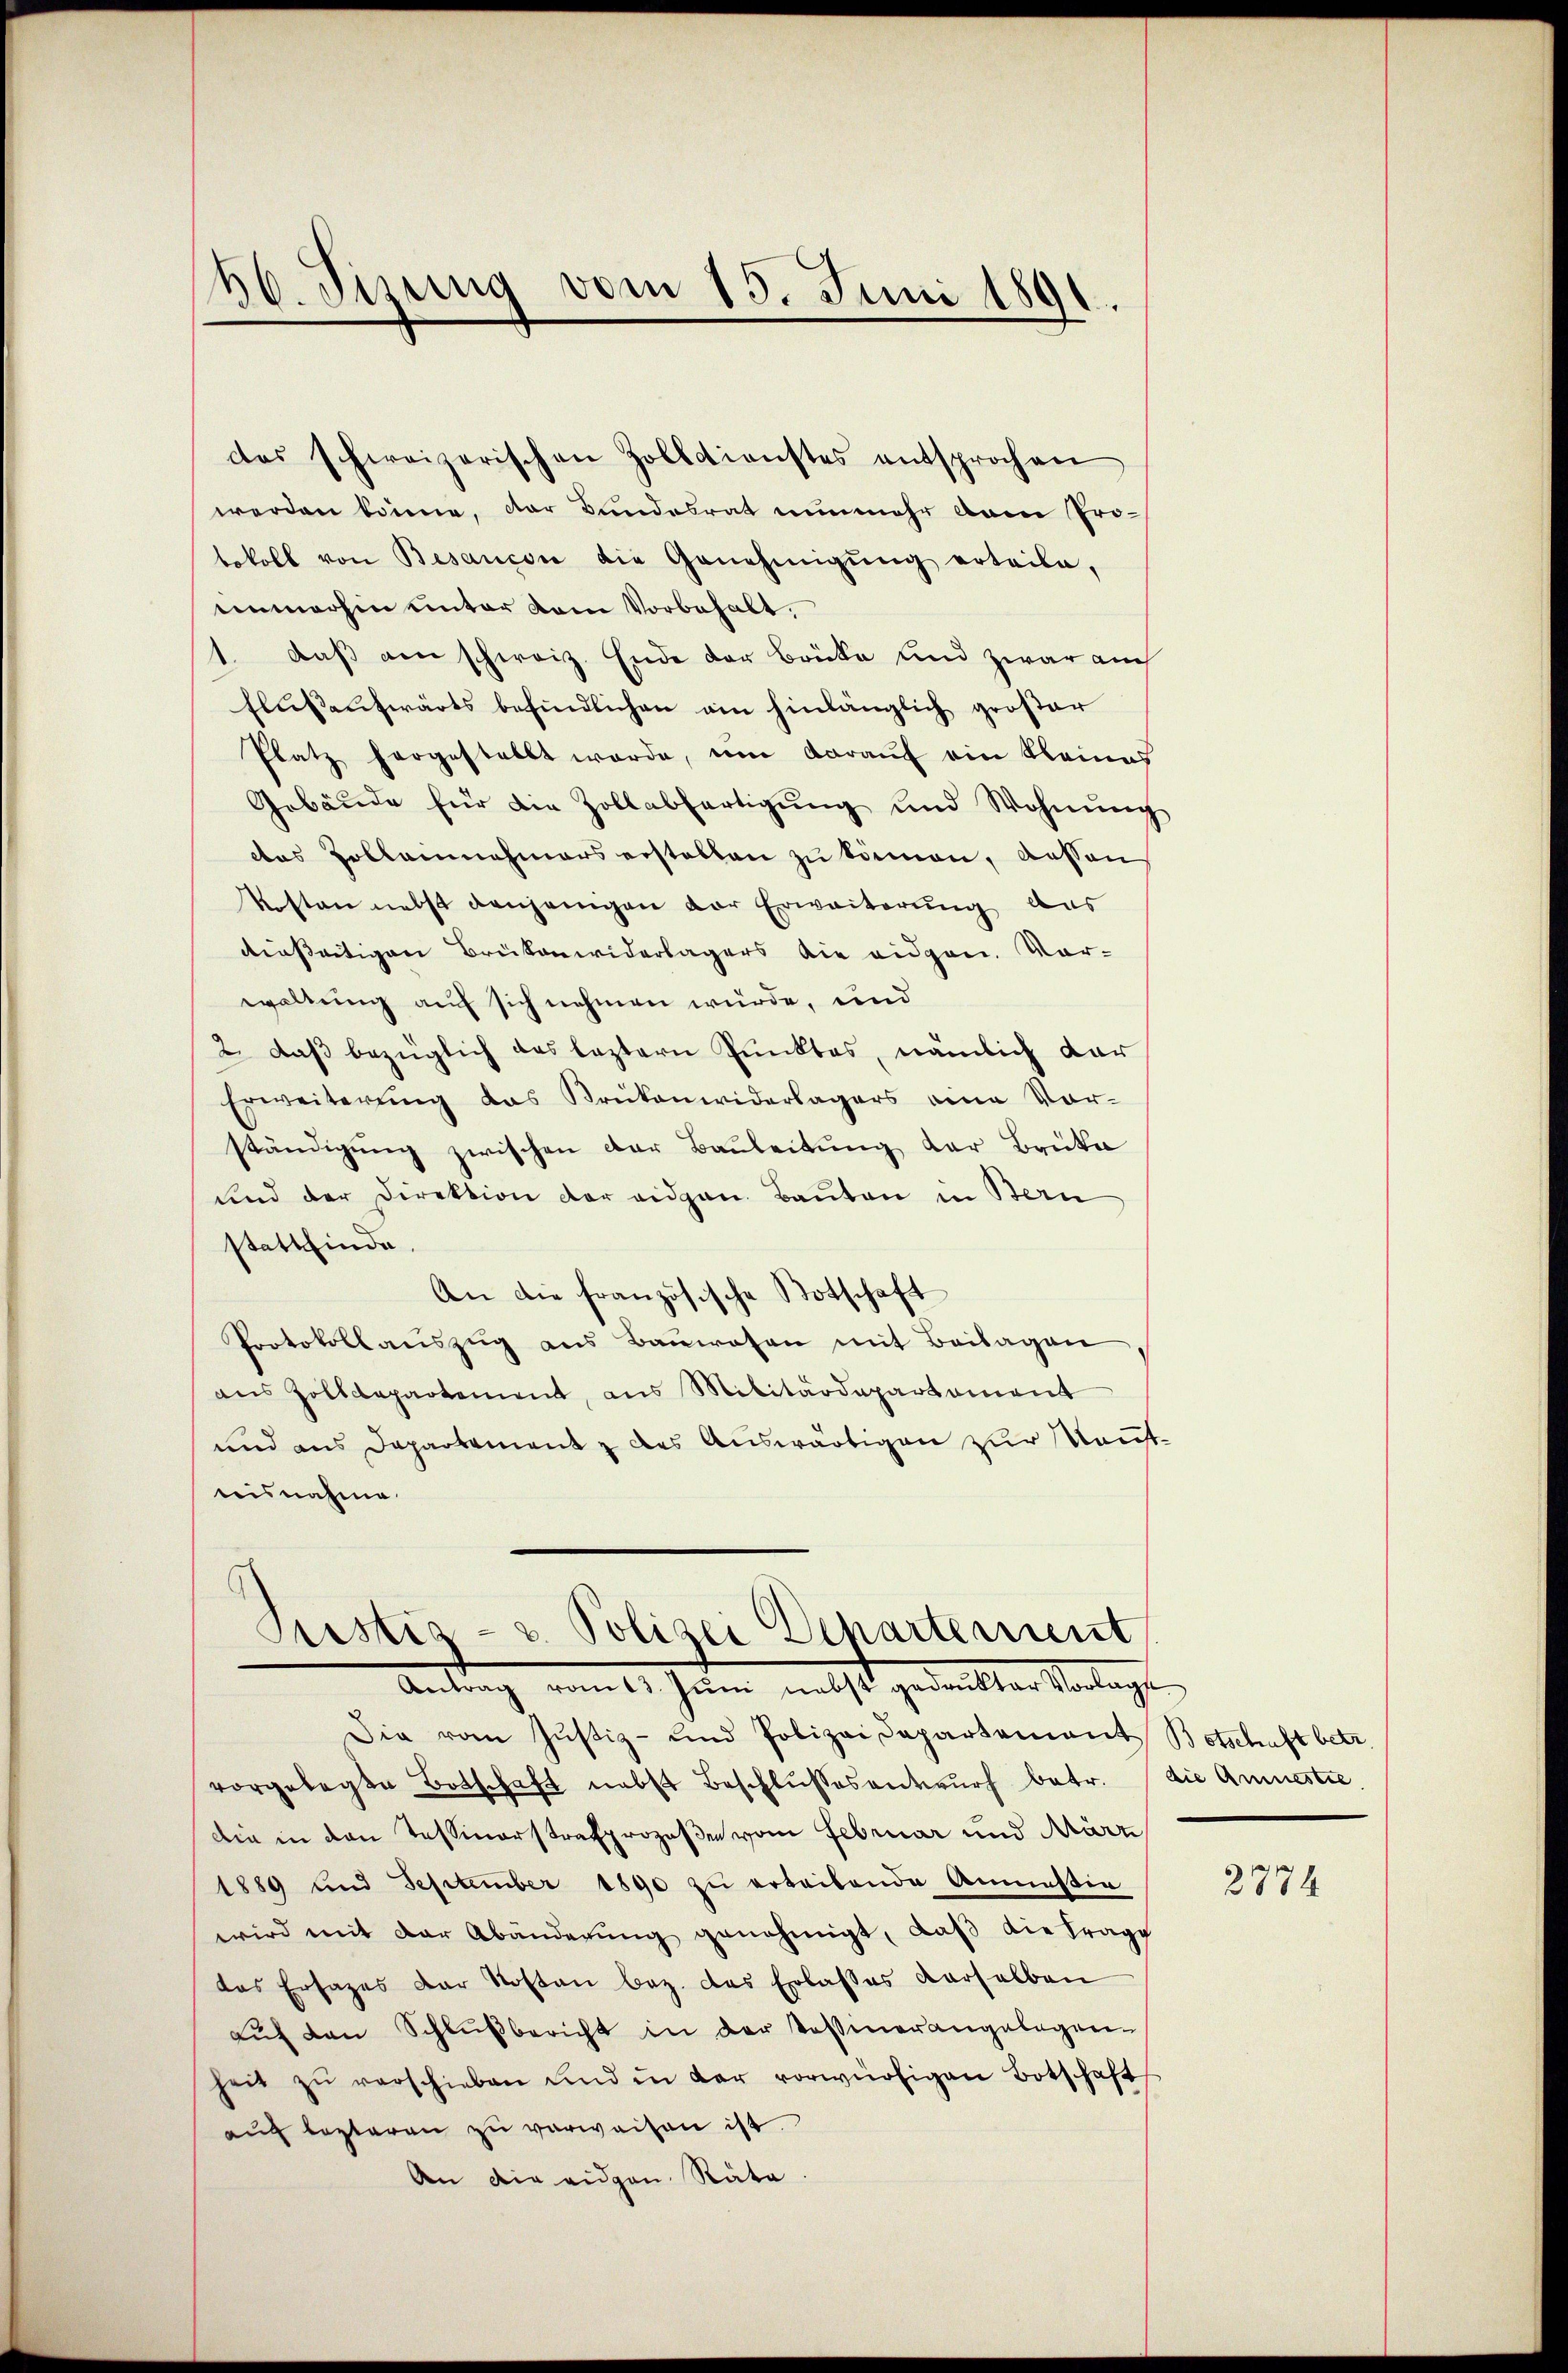
60. Sizung vom 15. Juni 1891.

werden könne, der Bundesrat nunmehr am Pro-
tokoll von Besancen die Genehmigŭng erteile,
immerhin unter kam Vorbehalt.
" daß am schweiz. Ende der Brücke und zwar auch
Elusentwärts befindlichen ain hinlänglich großer
Platz hergestellt werde, um darauf ein kleines
Gebäude für die Zollabfertigŭng und Wohnŭng
das Zolleinehmers erstellen zu kämen, dessen
Kosten nebst denjenigen der Erweiterung aus
dießeitigen Brükenwiderlagers die eidgen. Vorwaltung auf sich nehmen würde, und
2. daß bezüglich das leztern Punktes, nämlich dar
Erweiterŭng das Brükenwiderlagers eine Vor-
ständigŭng zwischen der Baŭleitŭng der Brüke
und der Direktion der eidgen. Bauten in Bern
stattfinde
An die französische Botschaft
Protokollaŭszŭg ans Baŭwesen mit Beilagen
ans Zolldepartement, ans Militärdepartament
und aus Departement & des Auswärtigen zur Neutnisnahme.

das schweizerischen Zolldienstes entsprochen

Pristiz- u. Polizei Departement
Antrag von des Gute, nebst gedankter Vortragt

Die vom Justiz- und Polizeidepartement Botschaft betr.
vorgelegte Botschaft nebst Beschlŭssesentwŭrf betr. die Amnestre
die in den Tessinerstrafprozeßen vom Februar und März
1889 und September 1890 zu erteilende Anmassig
wird mit der Abänderŭng genehmigt, daβ die trage
das Ersatzes der Kosten bez. des Erlasses derselben
aŭf den Schlŭβbericht in der Tessinerangelegen-
heit zŭ verschieben und in der vorwürfigen Botschaft
aŭch lezteren zŭ verwaisen ist.
An die eidgen. Räte

2774